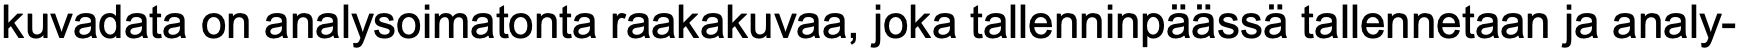
kuvadata on analysoimatonta raakakuvaa, joka tallenninpäässä tallennetaan ja analy-